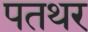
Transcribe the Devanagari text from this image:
पतथर